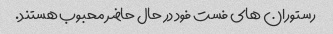
رستوران های فست فود در حال حاضر محبوب هستند.